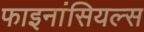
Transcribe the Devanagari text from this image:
फाइनांसियल्स